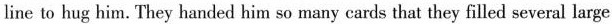
line to hug him. They handed him so many cards that they filled several large